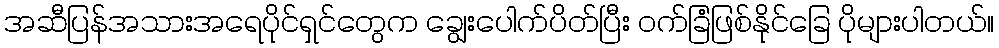
အဆီပြန်အသားအရေပိုင်ရှင်တွေက ချွေးပေါက်ပိတ်ပြီး ဝက်ခြံဖြစ်နိုင်ခြေ ပိုများပါတယ်။